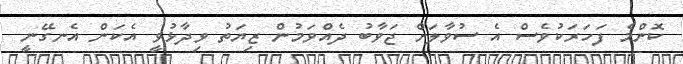
ކޮންމެ ފަހަރަކުވެސް އެ ސުވާލަށް ޖަވާބު ދެއްވަމުން ޒިޔަތު ވިދާޅުވީ އެކަން އެނގޭނީ